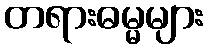
တရားဓမ္မများ